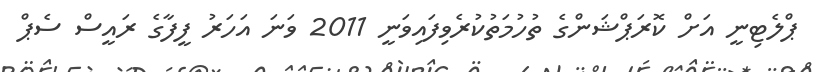
ޕްލެޓިނީ އަށް ކޮރަޕްޝަންގެ ތުހުމަތުކުރެވިފައިވަނީ 2011 ވަނަ އަހަރު ފީފާގެ ރައީސް ސެޕް